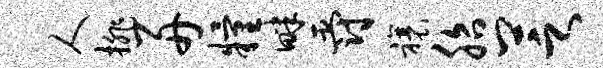
人排舟粮畔爵禳胎芝